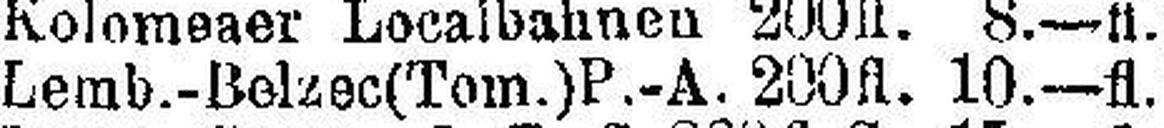
Lemb.-Belzec (Tom.) P.-A. 200fl. 8.—fl.